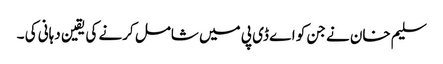
سلیم خان نے جن کو اے ڈی پی میں شامل کرنے کی یقین دہانی کی ۔